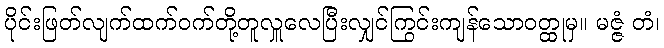
ပိုင်းဖြတ်လျက်ထက်ဝက်တို့တူလှူလေပြီးလျှင်ကြွင်းကျန်သောဝတ္ထုမှ။ မဇ္ဇံ တံ၊